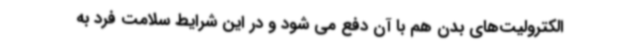
الکترولیت‌های بدن هم با آن دفع می شود و در این شرایط سلامت فرد به